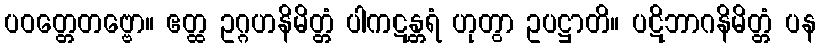
ပဝတ္တေတဗ္ဗော။ ဧတ္ထ ဥဂ္ဂဟနိမိတ္တံ ပါကဋန္တရံ ဟုတွာ ဥပဋ္ဌာတိ။ ပဋိဘာဂနိမိတ္တံ ပန